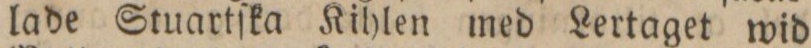
lade Stuartſka Kihlen med Lertaget wid